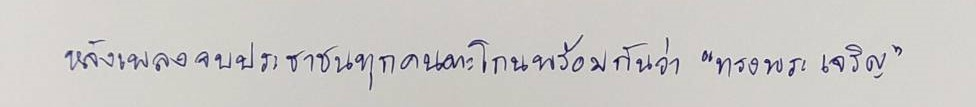
หลังเพลงจบประชาชนทุกคนตะโกนพร้อมกันว่า"ทรงพระเจริญ"